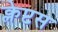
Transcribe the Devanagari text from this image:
क्लेप्टस